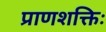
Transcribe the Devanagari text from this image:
प्राणशक्तिः